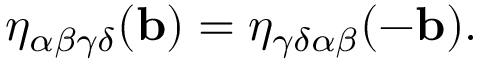
\eta _ { \alpha \beta \gamma \delta } ( \mathbf { b } ) = \eta _ { \gamma \delta \alpha \beta } ( - \mathbf { b } ) .